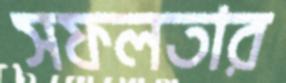
সফলতার